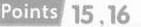
Points 15,16